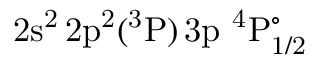
\mathrm { 2 s ^ { 2 } \, 2 p ^ { 2 } ( ^ { 3 } P ) \, 3 p ~ ^ { 4 } P _ { 1 / 2 } ^ { \circ } }